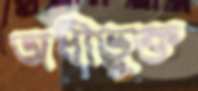
অধীভুক্ত